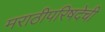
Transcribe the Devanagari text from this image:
मराठीपरिषदेची